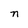
Character: n